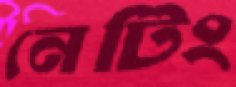
নেটিং